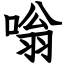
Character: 嗡